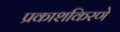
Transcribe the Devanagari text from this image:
प्रकाशकिरणे